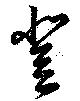
登